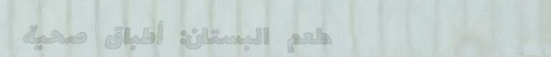
مطعم البستان: أطباق صحية